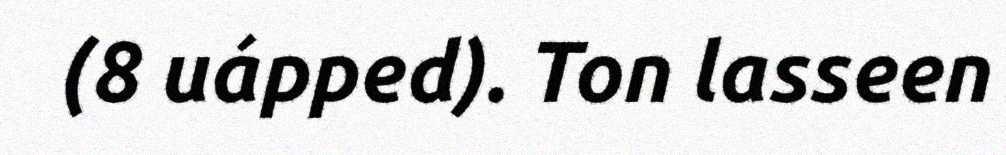
(8 uápped). Ton lasseen